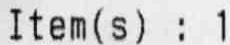
ITEM(S) : 1